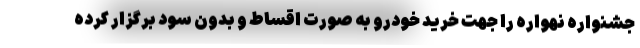
جشنواره نهواره را جهت خرید خودرو به صورت اقساط و بدون سود برگزار کرده